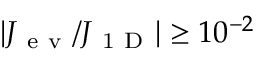
| J _ { \mathrm { ~ e ~ v ~ } } / J _ { \mathrm { ~ 1 ~ D ~ } } | \geq 1 0 ^ { - 2 }